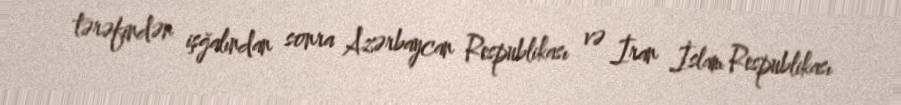
tərəfindən işğalından sonra Azərbaycan Respublikası və İran İslam Respublikası